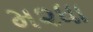
મ૨ધા